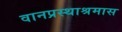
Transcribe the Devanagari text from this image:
वानप्रस्थाश्रमास